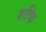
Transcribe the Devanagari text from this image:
शफि